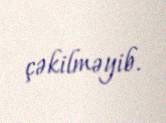
çəkilməyib.